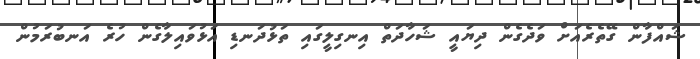
ޝައްފާން ގޭތެރެއަށް ވަދެގެން ދިޔައީ ޝަހާދަތް އިނގިލީގައި ތަޅުދަނޑި އަޅުވައިލާގެން ހުރެ އަނބުރަމުން